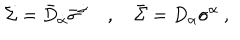
LaTeX: \Sigma = \bar { D } _ { \dot { \alpha } } \bar { \sigma } ^ { \dot { \alpha } } ~ , ~ \bar { \Sigma } = D _ { \alpha } \sigma ^ { \alpha } \ ,